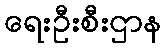
ရေးဦးစီးဌာန